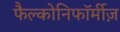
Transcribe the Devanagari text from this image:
फैल्कोनिफॉर्मीज़